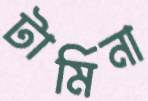
টার্মিনা